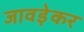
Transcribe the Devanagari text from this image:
जावड़ेकर